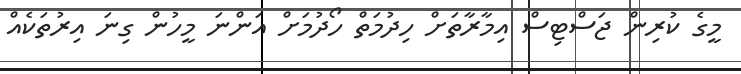
މީގެ ކުރިން ޖަސްޓިސް އިމާރާތަށް ހިދުމަތް ހޯދުމަށް އަންނަ މީހުން ގިނަ އިރުތަކެއް